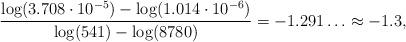
LaTeX: \begin{align*}\frac{\log(3.708\cdot 10^{-5}) - \log(1.014\cdot 10^{-6})}{\log(541) - \log(8780)} = -1.291\ldots \approx -1.3,\end{align*}